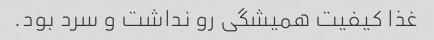
غذا کیفیت همیشگی رو نداشت و سرد بود.